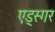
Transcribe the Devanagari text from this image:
एड्स्गर